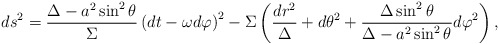
\begin{align*}ds^2=\frac{\Delta-a^2 \sin^2\theta}{\Sigma}\left(dt-\omega d\varphi\right)^2-\Sigma\left(\frac{dr^2}{\Delta}+d\theta^2+\frac{\Delta\sin^2\theta}{\Delta-a^2\sin^2\theta} d\varphi^2\right),\end{align*}